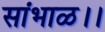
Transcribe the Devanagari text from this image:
सांभाळ।।